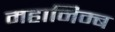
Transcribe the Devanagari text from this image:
महानिम्ब